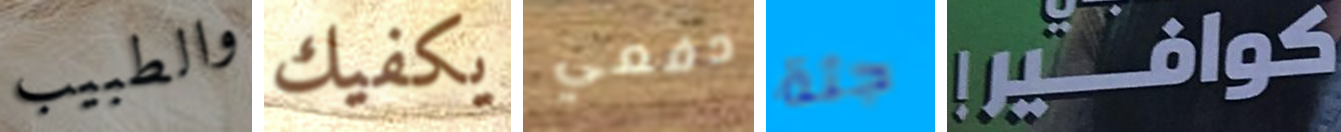
والطبيب يكفيك دفعي جثة !كوافير